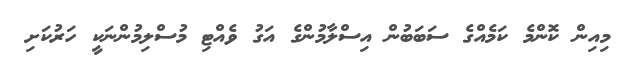
މިއިން ކޮންމެ ކަމެއްގެ ސަބަބުން އިސްލާމުންގެ އަގު ވެއްޓި މުސްލިމުންނަކީ ހަރުކަށި